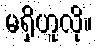
မရှိဟူလို။